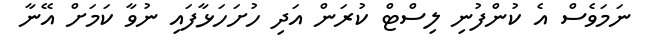
ނަމަވެސް އެ ކުންފުނި ލިސްޓް ކުރަން އަދި ހުށަހަޅާފައި ނުވާ ކަމަށް އޭނާ